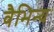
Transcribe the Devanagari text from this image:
वैभिन्य